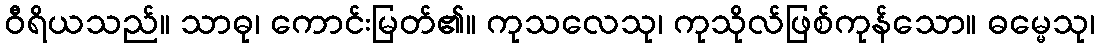
ဝီရိယသည်။ သာဓု၊ ကောင်းမြတ်၏။ ကုသလေသု၊ ကုသိုလ်ဖြစ်ကုန်သော။ ဓမ္မေသု၊